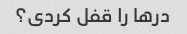
درها را قفل کردی؟